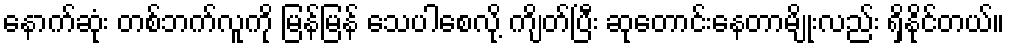
နောက်ဆုံး တစ်ဘက်လူကို မြန်မြန် သေပါစေလို့ ကျိတ်ပြီး ဆုတောင်းနေတာမျိုးလည်း ရှိနိုင်တယ်။